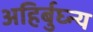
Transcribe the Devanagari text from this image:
अहिर्बुघ्न्य